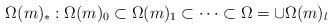
LaTeX: \begin{align*} \Omega(m)_*:\Omega(m)_0\subset\Omega(m)_1\subset\cdots\subset\Omega=\cup\Omega(m)_l\end{align*}